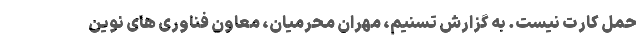
حمل کارت نیست. به گزارش تسنیم، مهران محرمیان، معاون فناوری های نوین